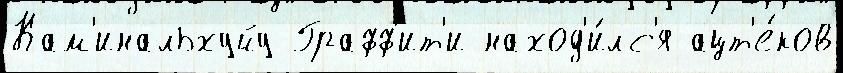
Кам'инальхуйу Графф'ит'и наход'и́лс'я ацт'е́ков